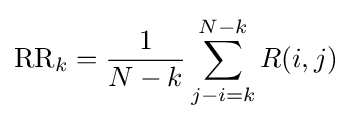
{\text{RR}}_{k}={\frac {1}{N-k}}\sum _{j-i=k}^{N-k}{R}(i,j)